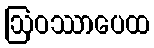
ဩဝဿာပေထ